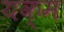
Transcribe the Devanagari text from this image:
यक्म